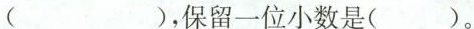
（ )，保留一位小数是( )。